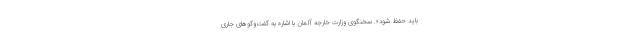
باید حفظ شود». سخنگوی وزارت خارجه آلمان با اشاره به گفت‌وگوهای جاری